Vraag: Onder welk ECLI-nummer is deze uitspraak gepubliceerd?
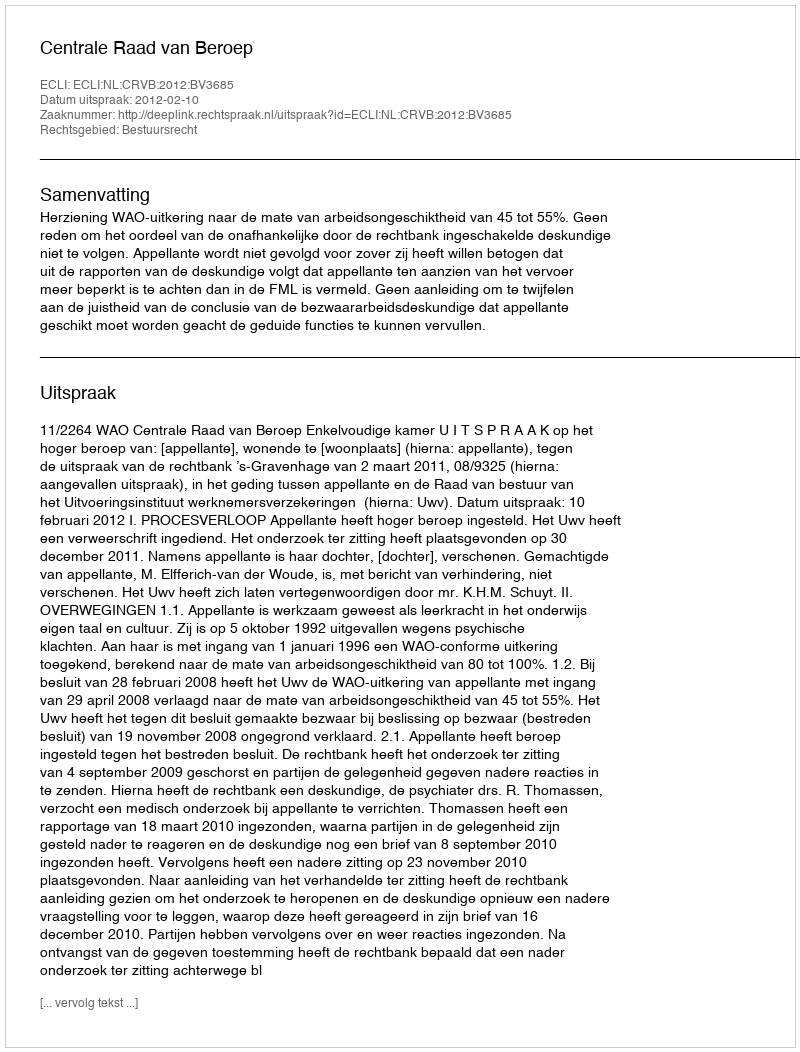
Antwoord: ECLI:NL:CRVB:2012:BV3685